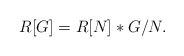
\begin{align*}R[G]=R[N]\ast G/N. \end{align*}